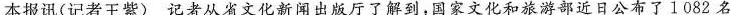
本报讯(记者王紫) 记者从省文化新闻出版厅了解到，国家文化和旅游部近日公布了 1 082 名